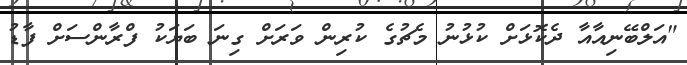
"އަލްބޭނިއާއާ ދެކޮޅަށް ކުޅުނު މެޗުގެ ކުރިން ވަރަށް ގިނަ ބަޔަކު ފްރާންސަށް ފާޑު